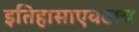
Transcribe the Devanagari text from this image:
इतिहासाएवढाच